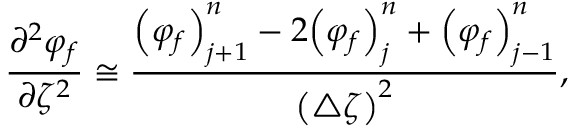
\frac { \partial ^ { 2 } \varphi _ { f } } { \partial \zeta ^ { 2 } } \cong \frac { { \left( \varphi _ { f } \right) } _ { j + 1 } ^ { n } - 2 { \left( \varphi _ { f } \right) } _ { j } ^ { n } + { \left( \varphi _ { f } \right) } _ { j - 1 } ^ { n } } { { \left( \triangle \zeta \right) } ^ { 2 } } ,